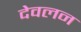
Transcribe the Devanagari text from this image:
देवलन